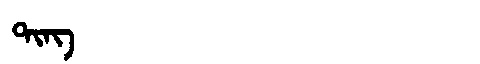
Manchu: ᡨᡳᠩ
Romanization: TING